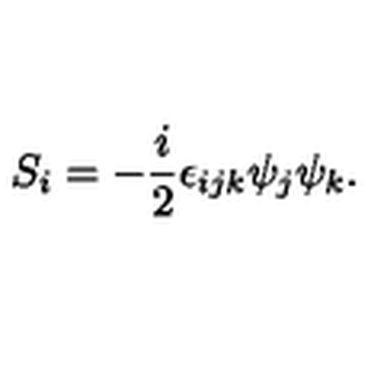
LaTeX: S _ { i } = - \frac { i } { 2 } \epsilon _ { i j k } \psi _ { j } \psi _ { k } .